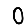
Digit: 0